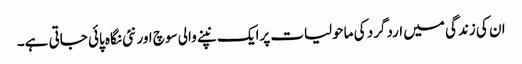
ان کی زندگی میں اردگرد کی ماحولیات پرایک نپنے والی سوچ اور نئی نگاہ پائی جاتی ہے۔